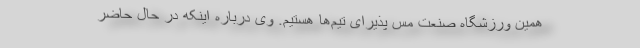
همین ورزشگاه صنعت مس پذیرای تیم‌ها هستیم. وی درباره اینکه در حال حاضر